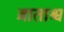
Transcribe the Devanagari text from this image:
व्राताश्च